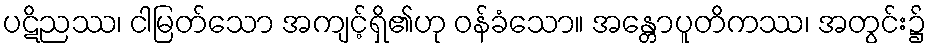
ပဋိညဿ၊ ငါမြတ်သော အကျင့်ရှိ၏ဟု ဝန်ခံသော။ အန္တောပူတိကဿ၊ အတွင်း၌